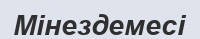
Мінездемесі